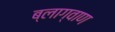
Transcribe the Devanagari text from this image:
ब्लाग्वाण